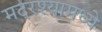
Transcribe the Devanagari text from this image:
मदरश्यामध्ये